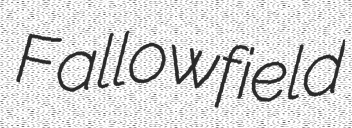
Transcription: Fallowfield